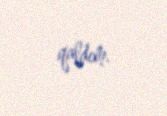
qaldım.